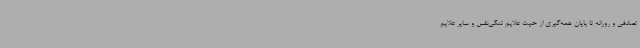
تصادفی و روزانه تا پایان همه‌گیری از حیث علایم تنگی‌نفس و سایر علایم